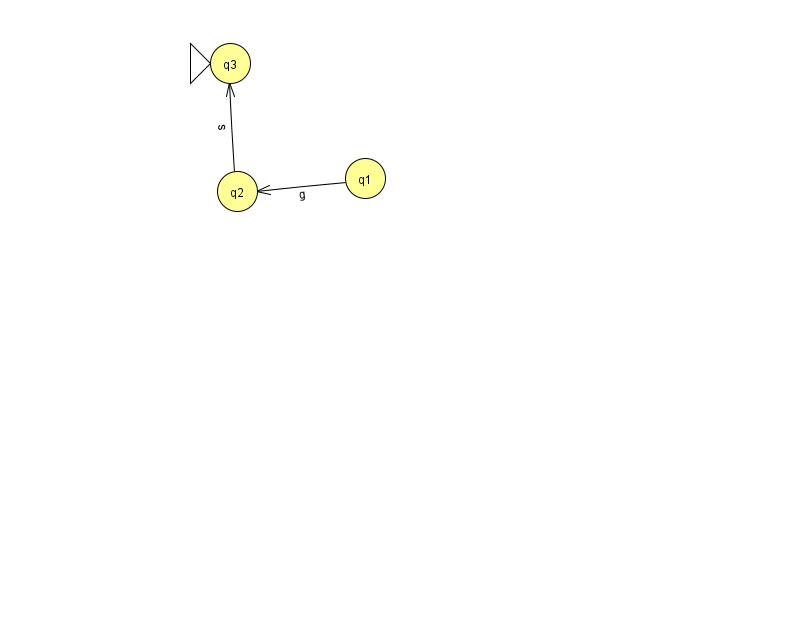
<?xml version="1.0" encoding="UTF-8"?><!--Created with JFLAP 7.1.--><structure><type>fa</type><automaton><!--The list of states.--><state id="1" name="q1"><x>365.0</x><y>165.0</y></state><state id="2" name="q2"><x>237.0</x><y>178.0</y></state><state id="3" name="q3"><x>230.0</x><y>50.0</y><initial/></state><!--The list of transitions.--><transition><from>2</from><to>3</to><read>s</read></transition><transition><from>1</from><to>2</to><read>g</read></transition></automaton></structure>